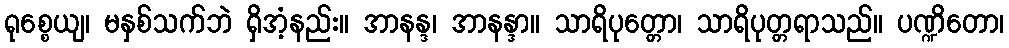
ရုစ္စေယျ၊ မနှစ်သက်ဘဲ ရှိအံ့နည်း။ အာနန္ဒ၊ အာနန္ဒာ။ သာရိပုတ္တော၊ သာရိပုတ္တရာသည်။ ပဏ္ဍိတော၊